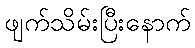
ဖျက်သိမ်းပြီးနောက်